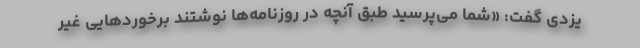
یزدی گفت: «شما می‌پرسید طبق آنچه در روزنامه‌ها نوشتند برخوردهایی غیر